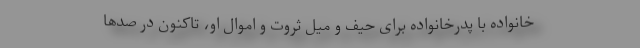
خانواده با پدرخانواده برای حیف و میل ثروت و اموال او، تاکنون در صدها